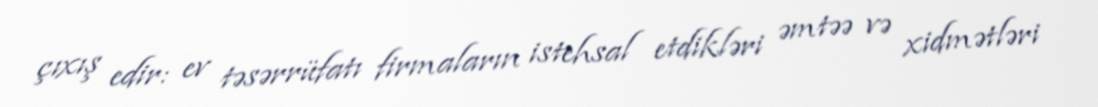
çıxış edir: ev təsərrüfatı firmaların istehsal etdikləri əmtəə və xidmətləri